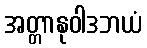
အတ္တာနုဝါဒဘယံ